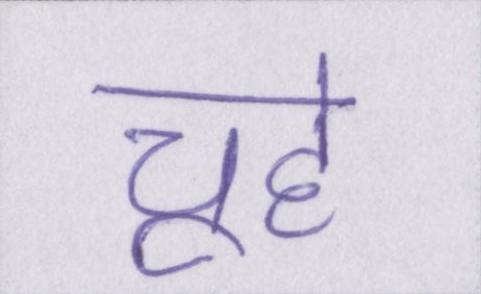
चूहे